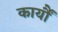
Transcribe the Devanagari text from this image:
कार्यौं